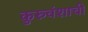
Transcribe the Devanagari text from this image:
कुरुवंशाची